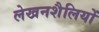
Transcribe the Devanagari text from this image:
लेखनशैलियों